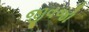
જીવજો